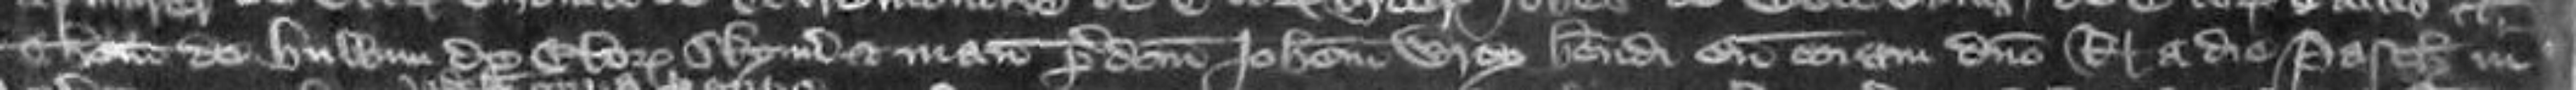
Thomas de Hullam de Eboracum Skynd et manum predictum Johannem Wrey habendi eum coram domino Rege a die Pasche in